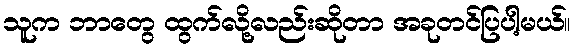
သူက ဘာတွေ ထွက်လို့လည်းဆိုတာ အခုတင်ပြပါ့မယ်။